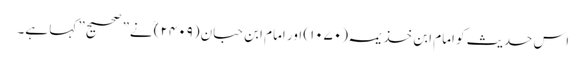
اس حدیث کو امام ابن خذیمہ (۱۰۷۰) اور امام ابن حبان (۲۴۰۹)ؒ نے” صحیح” کہا ہے۔